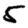
Digit: 5